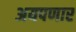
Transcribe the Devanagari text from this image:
अयपणार